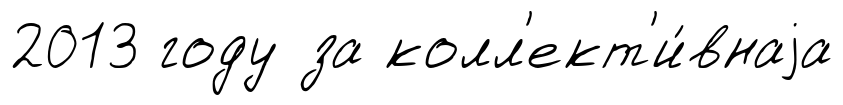
2013 году за колл'ект'и́внаjа